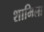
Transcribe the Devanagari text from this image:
शामिला